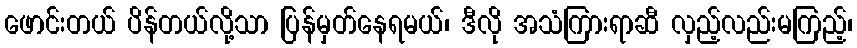
ဖောင်းတယ် ပိန်တယ်လို့သာ ပြန်မှတ်နေရမယ်၊ ဒီလို အသံကြားရာဆီ လှည့်လည်းမကြည့်၊